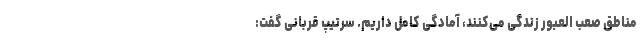
مناطق صعب العبور زندگی می‌کنند، آمادگی کامل داریم. سرتیپ قربانی گفت: